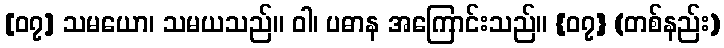
[၀၇] သမယော၊ သမယသည်။ ဝါ၊ ပဓာန အကြောင်းသည်။ {၀၇} (တစ်နည်း)